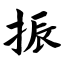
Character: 振